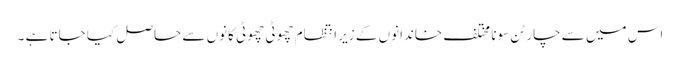
اس میں سے چار ٹن سونا مختلف خاندانوں کے زیر انتظام چھوٹی چھوٹی کانوں سے حاصل کیا جاتا ہے ۔